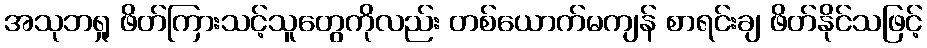
အသုဘရှု ဖိတ်ကြားသင့်သူတွေကိုလည်း တစ်ယောက်မကျန် စာရင်းချ ဖိတ်နိုင်သဖြင့်